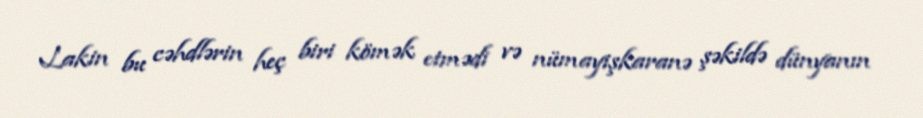
Lakin bu cəhdlərin heç biri kömək etmədi və nümayişkaranə şəkildə dünyanın